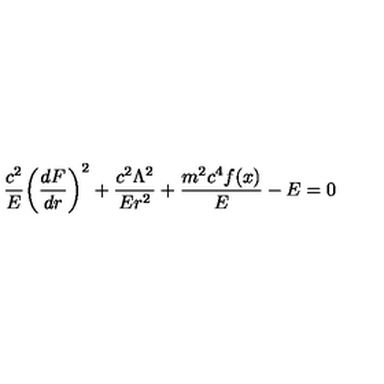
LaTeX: { \frac { c ^ { 2 } } { E } } \biggl ( { \frac { d F } { d r } } \biggr ) ^ { 2 } + { \frac { c ^ { 2 } \Lambda ^ { 2 } } { E r ^ { 2 } } } + { \frac { m ^ { 2 } c ^ { 4 } f ( x ) } { E } } - E = 0